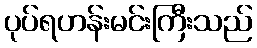
ပုပ်ရဟန်းမင်းကြီးသည်